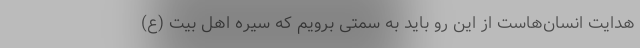
هدایت انسان‌هاست از این‌ رو باید به سمتی برویم که سیره اهل بیت (ع)